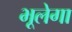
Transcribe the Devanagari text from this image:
भूलेगा